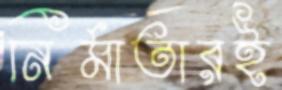
নির্মাতারই